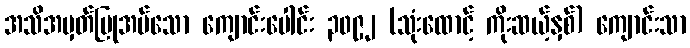
အသိအမှတ်ပြုအပ်သော ကျောင်းပေါင်း ၃၀၉၂ (သုံးထောင့် ကိုးဆယ့်နှစ်) ကျောင်းသာ